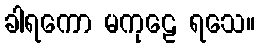
ခါရကော မကုဠေ ရသေ။